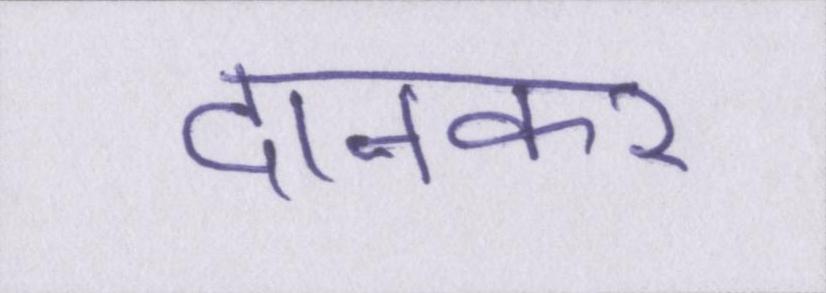
दानकर